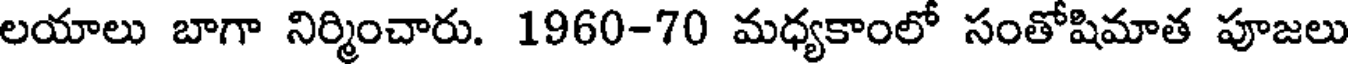
లయాలు బాగా నిర్మించారు. 1960-70 మధ్యకాంలో సంతోషిమాత పూజలు